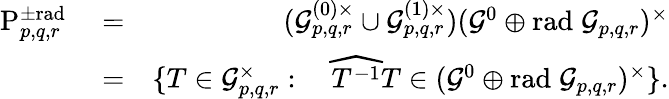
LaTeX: \begin{array}{rlr}{\mathrm{P}_{p,q,r}^{\pm\mathrm{rad}\; }}&{=}&{(\mathcal{G}_{p,q,r}^{(0)\times}\cup\mathcal{G}_{p,q,r}^{(1)\times})(\mathcal{G}^{0}\oplus\mathrm{rad}\; \mathcal{G}_{p,q,r})^{\times}}\\ &{=}&{\{ T\in\mathcal{G}_{p,q,r}^{\times}:\quad\widehat{T^{-1}}T\in(\mathcal{G}^{0}\oplus\mathrm{rad}\; \mathcal{G}_{p,q,r})^{\times}\} .}\end{array}